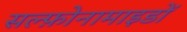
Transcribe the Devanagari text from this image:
सल्फ़ोनामाइडों